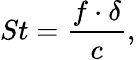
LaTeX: St=\frac{f\cdot\delta}{c},